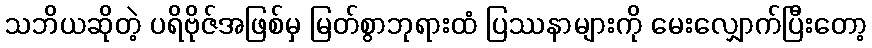
သဘိယဆိုတဲ့ ပရိဗိုဇ်အဖြစ်မှ မြတ်စွာဘုရားထံ ပြဿနာများကို မေးလျှောက်ပြီးတော့